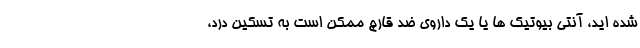
شده اید، آنتی بیوتیک ها یا یک داروی ضد قارچ ممکن است به تسکین درد،